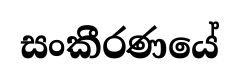
සංකීරණයේ